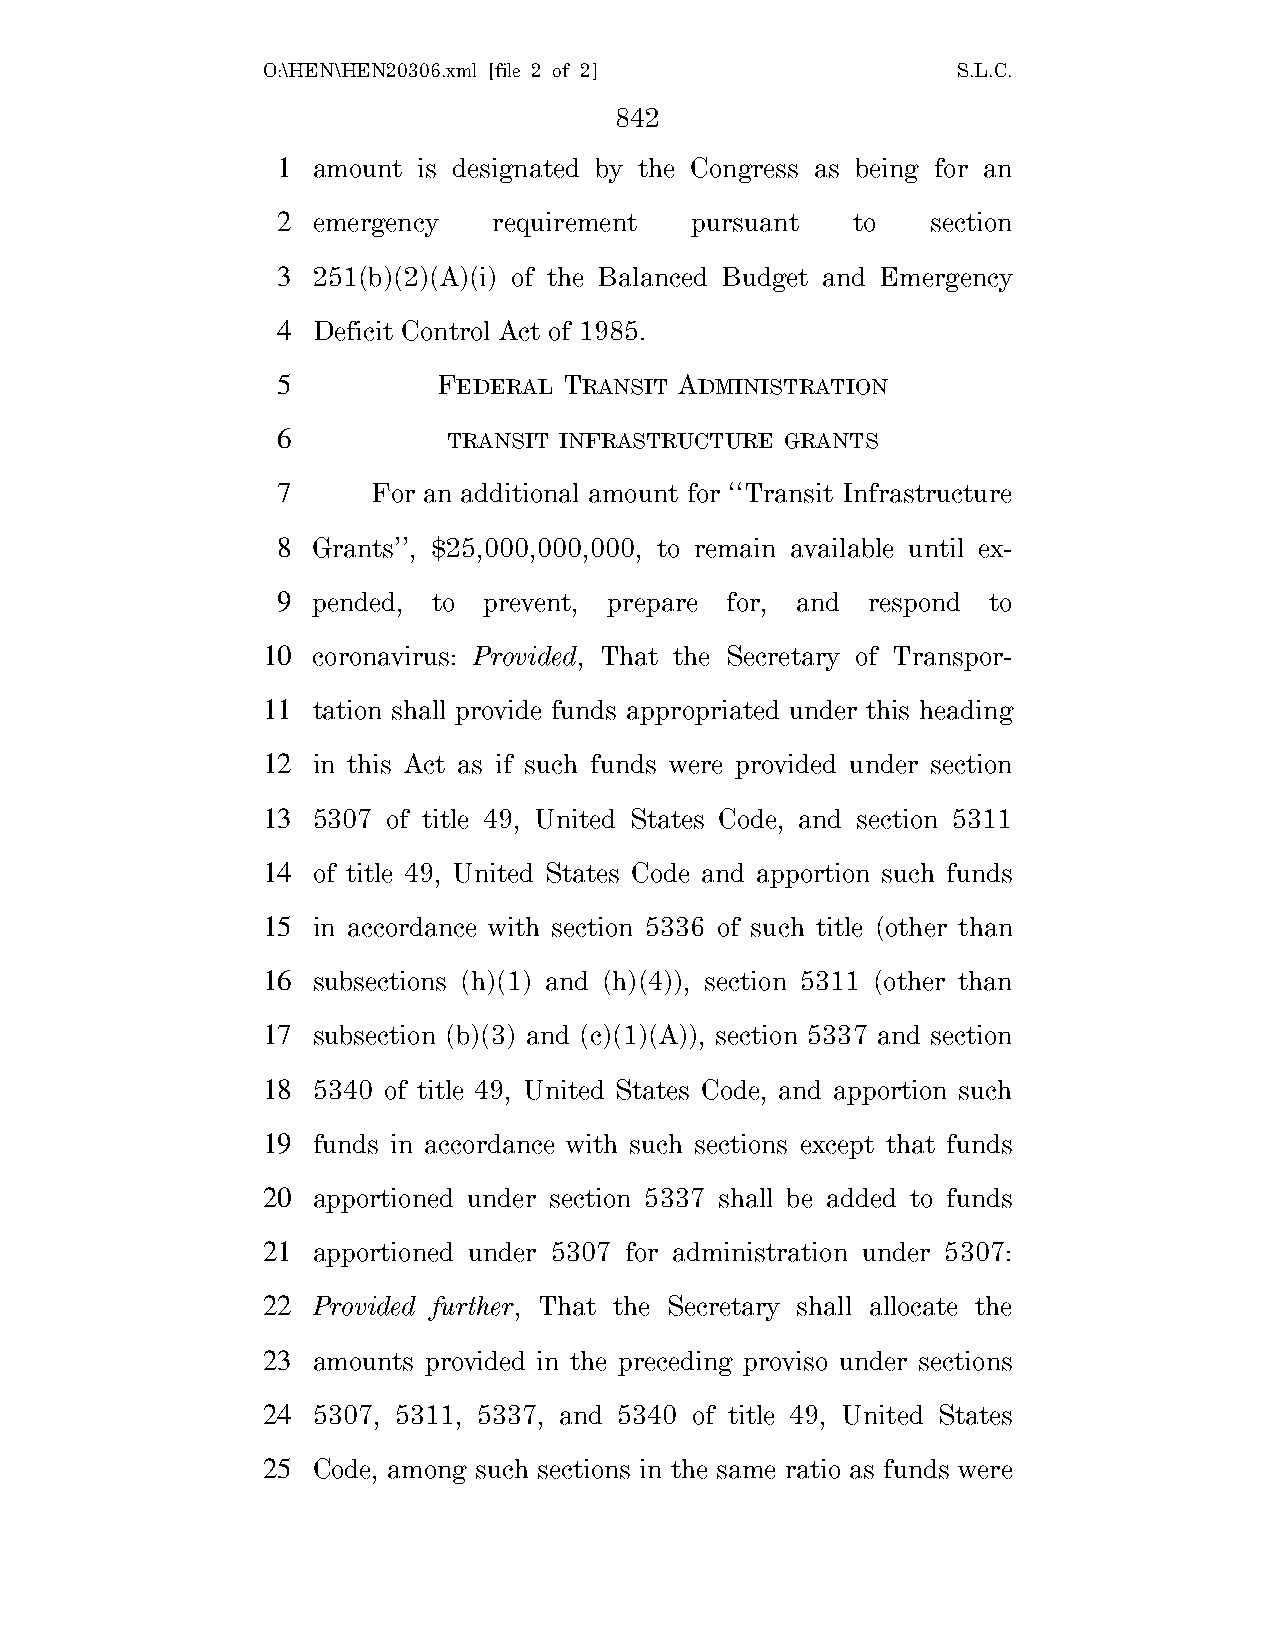
O:\HEN\HEN20306.xml [file 2 of 2]             S.L.C.
 842
 1  amount is designated by the Congress as being for an
 2  emergency   requirement  pursuant  to    section
 3  251(b)(2)(A)(i) of the Balanced Budget and Emergency
 4  Deficit Control Act of 1985.
 5          FEDERAL TRANSIT ADMINISTRATION
 6           TRANSIT INFRASTRUCTURE GRANTS
 7      For an additional amount for ‘‘Transit Infrastructure
 8  Grants’’, $25,000,000,000, to remain available until ex-
 9  pended, to prevent, prepare for, and respond to
 10  coronavirus: Provided, That the Secretary of Transpor-
 11  tation shall provide funds appropriated under this heading
 12  in this Act as if such funds were provided under section
 13  5307 of title 49, United States Code, and section 5311
 14  of title 49, United States Code and apportion such funds
 15  in accordance with section 5336 of such title (other than
 16  subsections (h)(1) and (h)(4)), section 5311 (other than
 17  subsection (b)(3) and (c)(1)(A)), section 5337 and section
 18  5340 of title 49, United States Code, and apportion such
 19  funds in accordance with such sections except that funds
 20  apportioned under section 5337 shall be added to funds
 21  apportioned under 5307 for administration under 5307:
 22  Provided further, That the Secretary shall allocate the
 23  amounts provided in the preceding proviso under sections
 24  5307, 5311, 5337, and 5340 of title 49, United States
 25  Code, among such sections in the same ratio as funds were